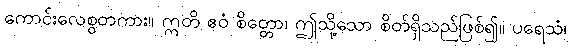
ကောင်းလေစွတကား။ ဣတိ ဧဝံ စိတ္တော၊ ဤသို့သော စိတ်ရှိသည်ဖြစ်၍။ ပရေသံ၊